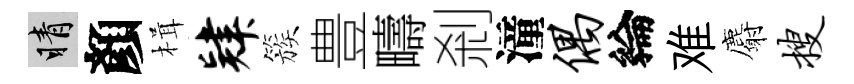
睛顏楫肄簇豊疇剎潼偶綸难麝搜